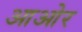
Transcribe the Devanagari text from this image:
आओर